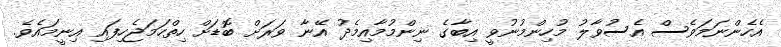
އެހެންނަމަވެސް އެސުވާލު މުހިންމުނުވީ އިބާގެ ނިންމުމާއިމެދު އޭނާ ވަރަށް ބޮޑަށް ހިތްހަމަޖެހިފައި އިނީމައެވެ.